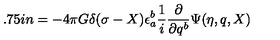
\hspace * { 1 . 7 5 i n } = - 4 \pi G \delta ( \sigma - X ) \epsilon _ { a } ^ { b } \frac { 1 } { i } \frac { \partial } { \partial q ^ { b } } \Psi ( \eta , q , X )